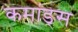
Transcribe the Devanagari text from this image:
कमांड्‌स